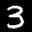
Label: 3